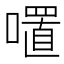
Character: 𭋏